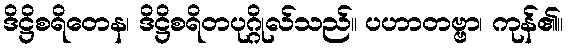
ဒိဋ္ဌိစရိတေန၊ ဒိဋ္ဌိစရိတပုဂ္ဂိုလ်သည်။ ပဟာတဗ္ဗာ၊ ကုန်၏။